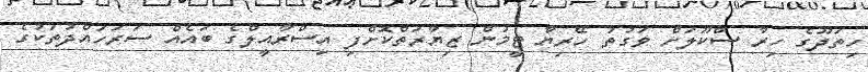
ހިތަދޫގެ ހިރާ ސްކޫލަށް ވަގުތު ހޭރިޔާ ޓީމުން ޒިޔާރަތްކޮށްފި އިސްރާއީލްގެ ބައެއް ސަރަހައްދުތަކުގެ